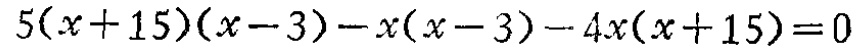
\(5(x + 15)(x - 3) - x(x - 3) - 4x(x + 15) = 0\)